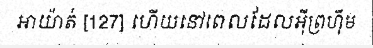
អាយ៉ាត់ [127] ហើយនៅពេលដែលអ៊ីព្រហ៊ីម